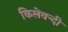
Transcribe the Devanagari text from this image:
किलेवन्दी